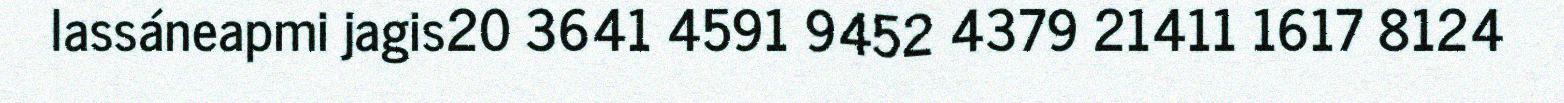
lassáneapmi jagis20 3641 4591 9452 4379 21411 1617 8124